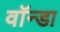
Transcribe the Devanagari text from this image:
वॉन्डा